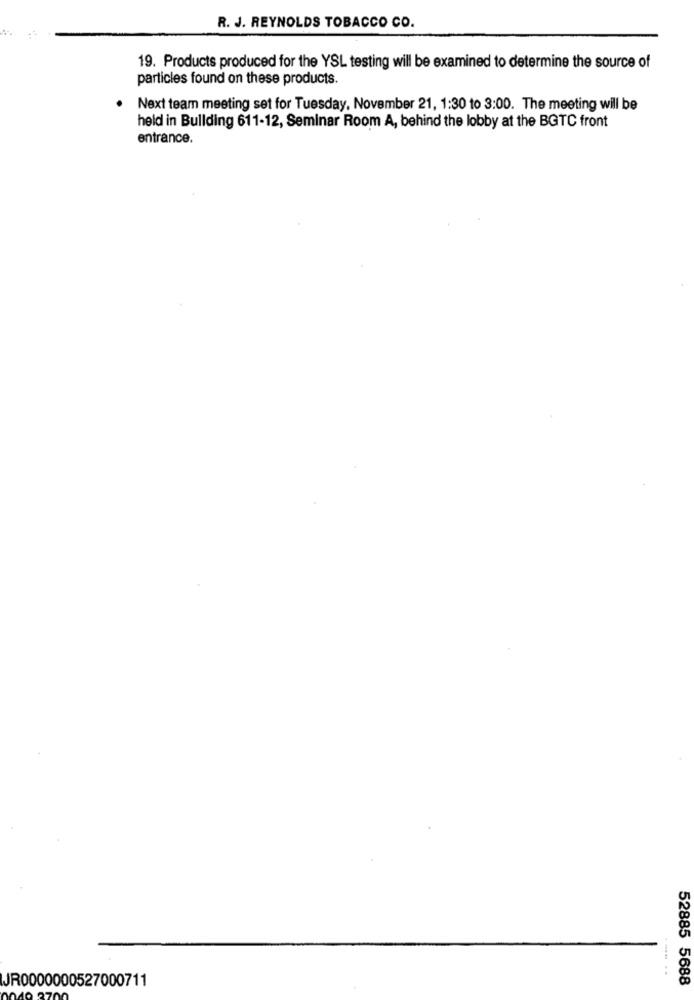
R. J. REYNOLDS TOBACCO CO.
19. Products produced for the YSL testing will be examined to determine the source of
particles found on these products.
Next team meeting set for Tuesday, November 21, 1:30 to 3:00. The meeting will be
held in Bullding 611-12, Seminar Room A, behind the lobby at the BGTC front
entrance.
JR0000000527000711
52885 5688